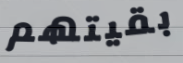
بقيتهم